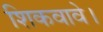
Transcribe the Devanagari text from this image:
शिकवावे।